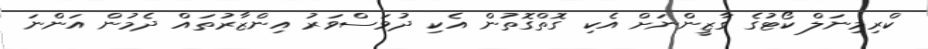
ކްރިމިނަލް ކޯޓުގެ ގާޒީންނަށް އެކި ގޮތްގޮތުން އެކި ދުވަސްވަރު އިންޒާރުތައް ދެމުން އަންނަ